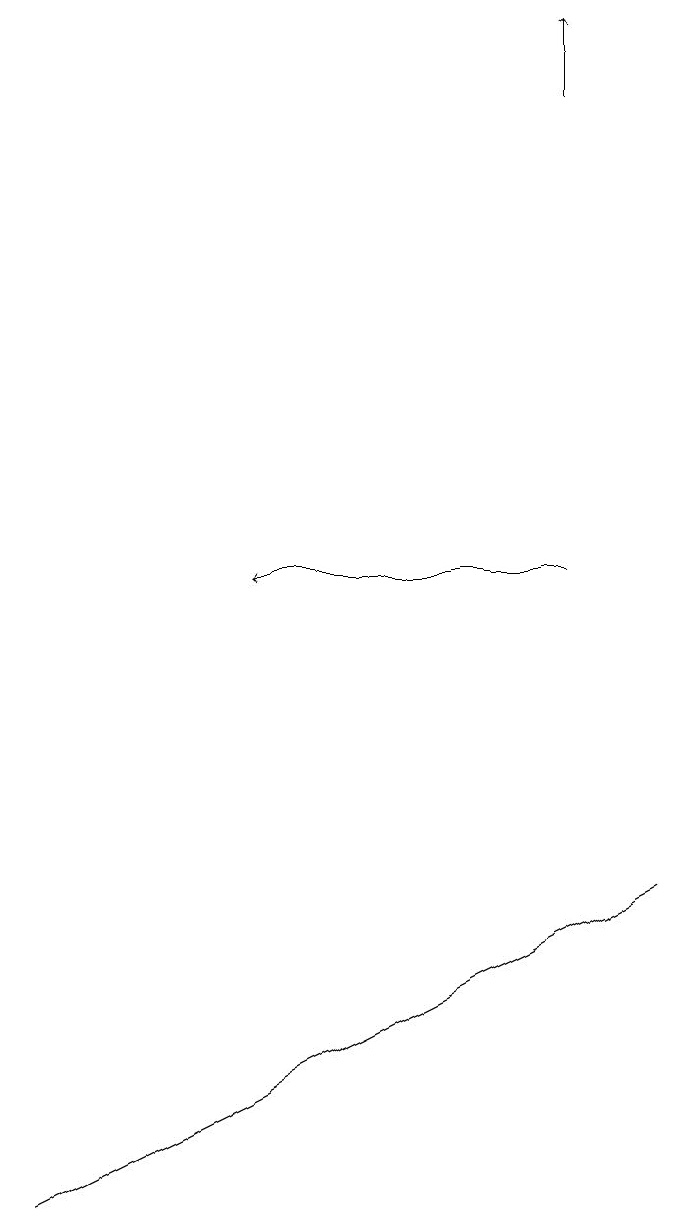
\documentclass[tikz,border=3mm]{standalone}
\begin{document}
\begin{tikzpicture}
\draw[->] (8,16) -- (8,17);
\draw (3,3) -- (1,2) -- (9,6) -- cycle;
\draw[->] (8,10) -- (4,10);
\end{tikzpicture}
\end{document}